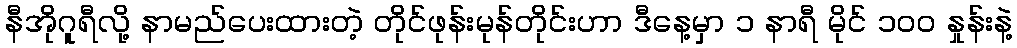
နီအိုဂူရီလို့ နာမည်ပေးထားတဲ့ တိုင်ဖုန်းမုန်တိုင်းဟာ ဒီနေ့မှာ ၁ နာရီ မိုင် ၁၀၀ နှုန်းနဲ့